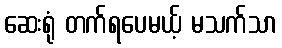
ဆေးရုံ တက်ရပေမယ့် မသက်သာ